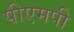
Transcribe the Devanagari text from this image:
पीएमपी